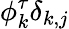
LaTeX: \phi_{k}^{\tau}\delta_{k,j}